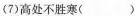
(1)金樽清酒斗十千( )(2)玉盘珍羞直万钱( )